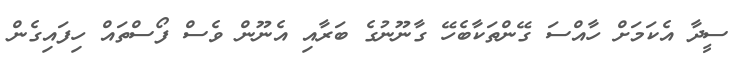
ސީދާ އެކަމަށް ހާއްސަ ގޭންތަކާބެހޭ ގާނޫނުގެ ބަރާއި އެނޫން ވެސް ފޯސްތައް ހިފައިގެން